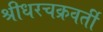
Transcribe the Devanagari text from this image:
श्रीधरचक्रवर्ती